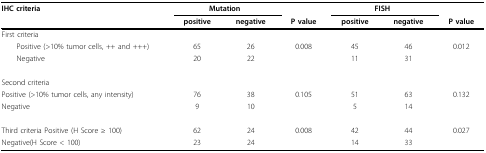
<table><thead><tr><td><b>IHC criteria</b></td><td colspan="2"><b>Mutation</b></td><td></td><td colspan="2"><b>FISH</b></td><td></td></tr><tr><td></td><td><b>positive</b></td><td><b>negative</b></td><td><b>P value</b></td><td><b>positive</b></td><td><b>negative</b></td><td><b>P value</b></td></tr></thead><tbody><tr><td>First criteria</td><td></td><td></td><td></td><td></td><td></td><td></td></tr><tr><td> Positive (&gt;10% tumor cells, ++ and +++)</td><td>65</td><td>26</td><td>0.008</td><td>45</td><td>46</td><td>0.012</td></tr><tr><td> Negative</td><td>20</td><td>22</td><td></td><td>11</td><td>31</td><td></td></tr><tr><td>Second criteria</td><td></td><td></td><td></td><td></td><td></td><td></td></tr><tr><td>Positive (&gt;10% tumor cells, any intensity)</td><td>76</td><td>38</td><td>0.105</td><td>51</td><td>63</td><td>0.132</td></tr><tr><td>Negative</td><td>9</td><td>10</td><td></td><td>5</td><td>14</td><td></td></tr><tr><td>Third criteria Positive (H Score ≥ 100)</td><td>62</td><td>24</td><td>0.008</td><td>42</td><td>44</td><td>0.027</td></tr><tr><td>Negative(H Score &lt; 100)</td><td>23</td><td>24</td><td></td><td>14</td><td>33</td><td></td></tr></tbody></table>